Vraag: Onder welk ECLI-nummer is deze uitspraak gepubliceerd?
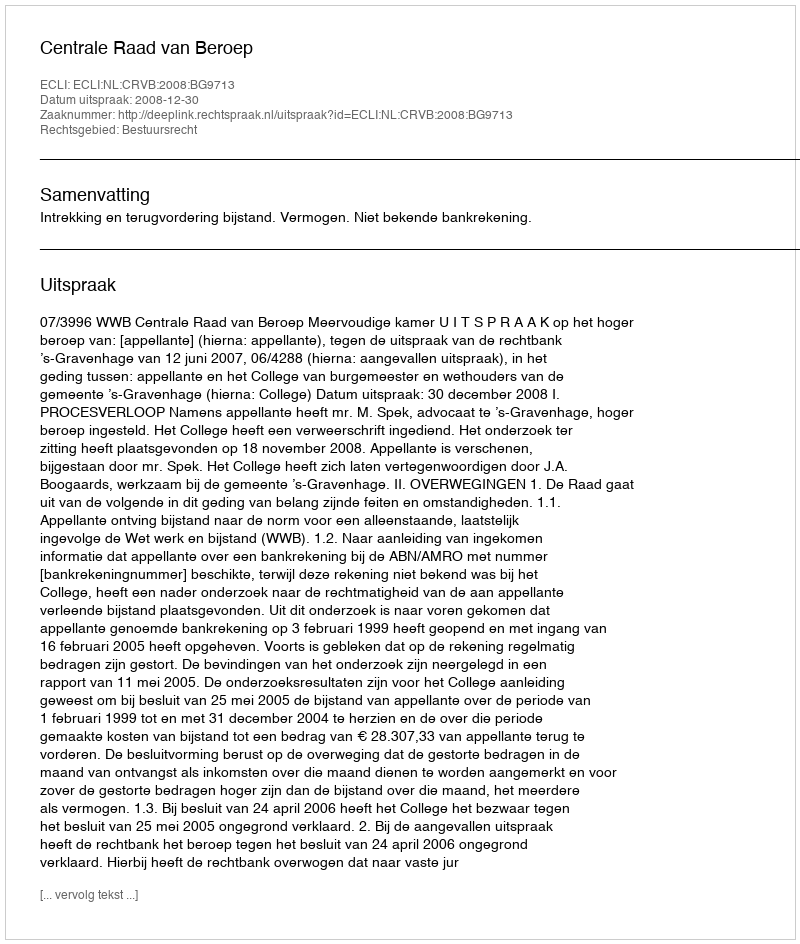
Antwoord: ECLI:NL:CRVB:2008:BG9713